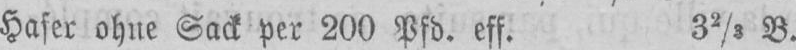
Hafer ohne Sack per 200 Pfd. eff. 32/3 B.